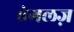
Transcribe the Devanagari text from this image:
एंगलज़